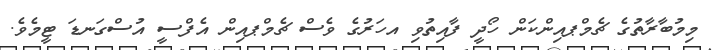
މިމުބާރާތުގެ ޗެމްޕއިންކަން ހޯދީ ފާއިތުވި އހަރުގެ ވެސް ޗެމްޕއިން އެފްސީ އުސްގަނޑަ ޓީމެވެ.